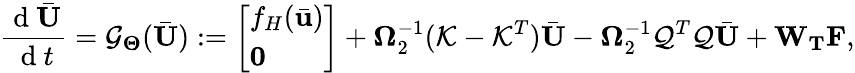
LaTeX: \frac{\mathrm{~d~}\bar{\mathbf{U}}}{\mathrm{~d~}t}=\mathcal{G}_{\boldsymbol{\Theta}}(\bar{\mathbf{U}}):=\left[\begin{array}{l}{f_{H}(\bar{\mathbf{u}})}\\ {\mathbf{0}}\end{array}\right]+\boldsymbol{\Omega}_{2}^{-1}(\mathcal{K}-\mathcal{K}^{T})\bar{\mathbf{U}}-\boldsymbol{\Omega}_{2}^{-1}\mathcal{Q}^{T}\mathcal{Q}\bar{\mathbf{U}}+\mathbf{W}_{\mathbf{T}}\mathbf{F},